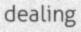
dealing